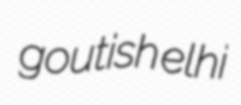
goutish elhi